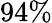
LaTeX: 94\%